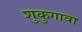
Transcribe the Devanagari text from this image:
शुकुगावा